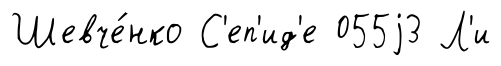
Шевче́нко С'еп'ид'е 055j3 Л'и